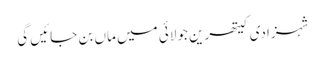
شہزادی کیتھرین جولائی میں ماں بن جائیں گی